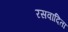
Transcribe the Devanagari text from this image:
रसवादिता